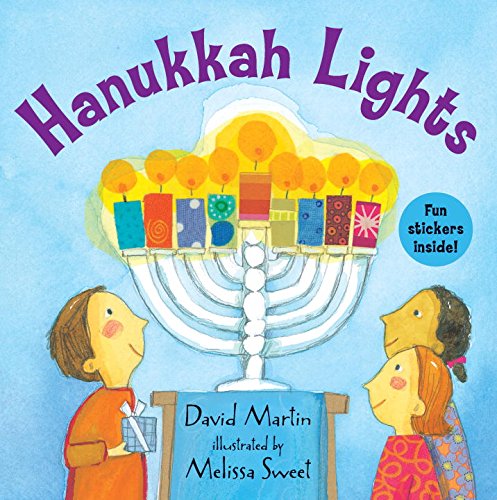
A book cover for Hanukkah Lights; David Martin; Children's Books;